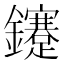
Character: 鑳